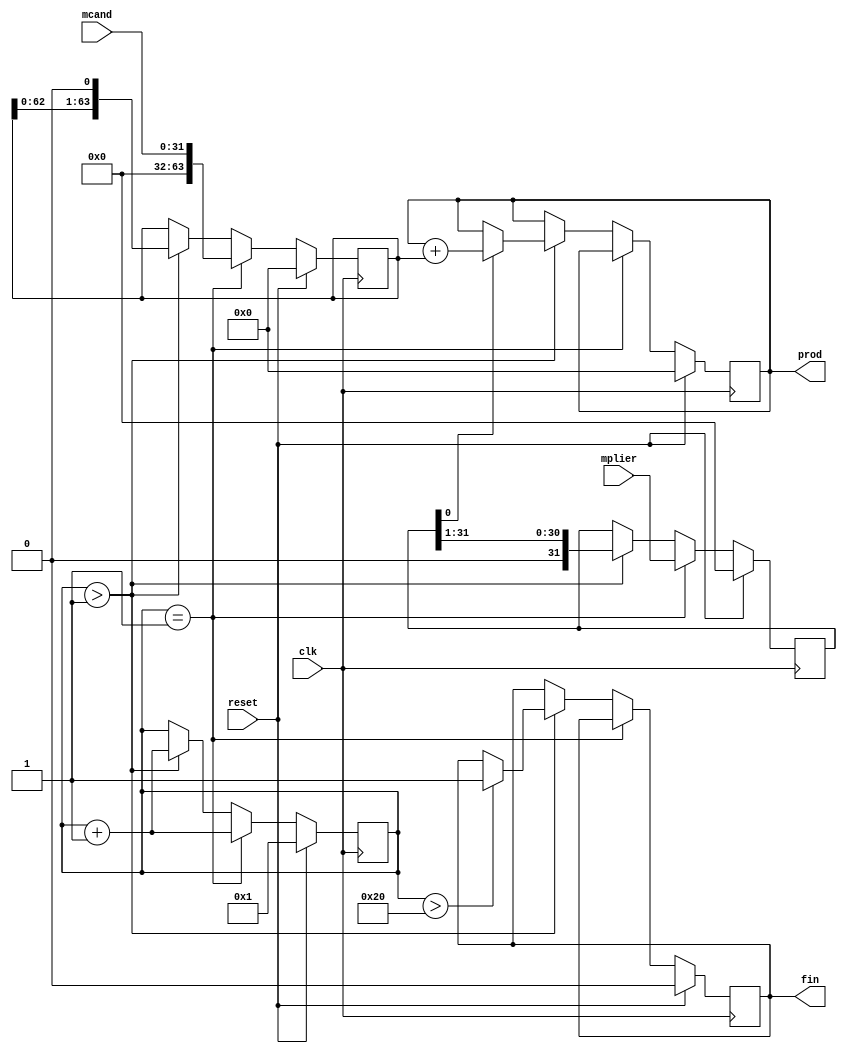
/*
 * Multiply module
 *  dependencies:
 *	register declaration
 *	io declaration
 *	always procedural block
 *	system tasks
 *	ifelse statement
 */

module multiply (clk, prod, fin, mcand, mplier, reset);
	input clk, reset;
	output [63:0] prod;
	output fin;
	input [31:0] mcand, mplier;

	reg [63:0] prod, mcand_copy;
	reg [31:0] mplier_copy;
	reg [7:0] working;
	reg fin;

	always @(posedge clk)
		begin
		if (reset == 1)
			begin
			prod = 0;
			mcand_copy = 0;
			mplier_copy = 0;
			fin = 0;
			working = 1;	// Start work on next clk!
			end
		else
			begin
			if (working == 1)
				begin
				// Make copies of the data.
				mcand_copy = mcand;
				mplier_copy = mplier;
				working = working + 1;
				end
			else if (working > 1)
				begin
				// Basic grade school multiplying.
				if (mplier_copy[0:0] == 1)
					prod = prod + mcand_copy;
				mcand_copy = mcand_copy << 1;
				mplier_copy = mplier_copy >> 1;	// Next bit.

				// When are we finished?
				if (working > 32)
					fin = 1;
				working = working + 1;
				end
			end
		end

endmodule

/*
 * Complex test.
 *  dependencies:
 *	register declaration
 *	initial procedural block
 *	module instantiation
 *	system tasks
 */

module multiple_test ;
	reg [31:0] mplier, mcand;
	reg clk, reset;
	wire [63:0] product;
	wire finished;

	multiply m(clk, product, finished, mcand, mplier, reset);

	initial
		begin
		clk = 0;
		mcand = 14;
		mplier = 13;
		reset = 0;
		#1 reset = 1;
		#4 reset = 0;	// Must set reset for one clock cycle.
		end

	always #1 clk = !clk;

	always @(posedge finished)
		begin
		$write("Finished at %d:  %d * %d = %d\n",
			$time, mcand, mplier, product);
		$finish;
		end
endmodule